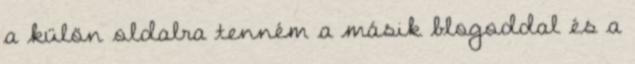
a külön oldalra tenném a másik blogoddal és a